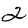
Digit: 2